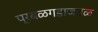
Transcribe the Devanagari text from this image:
प्रबळगडाजवळ